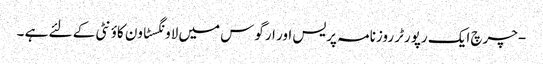
-چرچ ایک رپورٹر روزنامہ پریس اور ارگوس میں لاونگسٹاون کاؤنٹی کے لئے ہے ۔